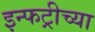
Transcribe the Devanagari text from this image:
इन्फट्रीच्या